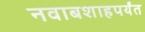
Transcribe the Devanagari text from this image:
नवाबशाहपर्यंत